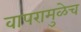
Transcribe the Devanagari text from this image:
वापरामुळेच